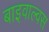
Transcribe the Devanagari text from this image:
बाइवाल्वस